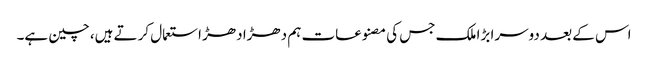
اس کے بعد دوسرا بڑا ملک جس کی مصنوعات ہم دھڑا دھڑ استعمال کرتے ہیں، چین ہے۔